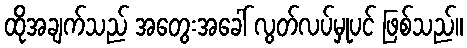
ထိုအချက်သည် အတွေးအခေါ် လွတ်လပ်မှုပင် ဖြစ်သည်။